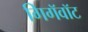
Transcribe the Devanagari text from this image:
गिगॅवॉट